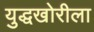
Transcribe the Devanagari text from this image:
युद्धखोरीला